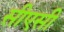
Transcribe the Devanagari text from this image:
सीएसी